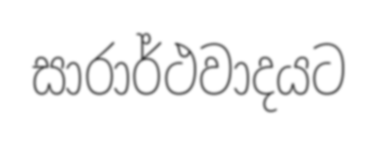
සාරාර්ථවාදයට